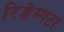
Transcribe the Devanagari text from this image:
रिडेम्पटर